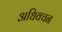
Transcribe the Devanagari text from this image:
अधिवचन